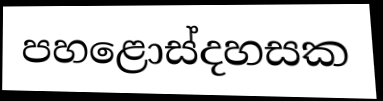
පහළොස්දහසක